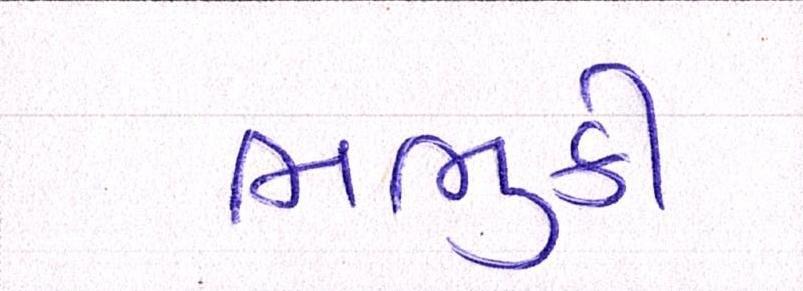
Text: ભભુકી